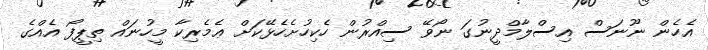
އެހެން ނޫނަސް އިސްލާމްދީނުގަ ނޯވޭ ސިއްރުން ހެކިހުށެހެޅޭކަށް ޢެމެރިކާ މީހުނައް ތިޕީފޯ އެއްގެ